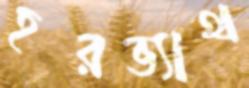
হরভ্যাথ